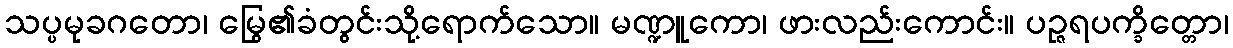
သပ္ပမုခဂတော၊ မြွေ၏ခံတွင်းသို့ရောက်သော။ မဏ္ဍူကော၊ ဖားလည်းကောင်း။ ပဉ္ဇရပက္ခိတ္တော၊